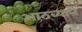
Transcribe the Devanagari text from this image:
आठव्याने